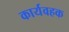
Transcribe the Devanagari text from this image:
कार्यवहक